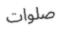
صلوات